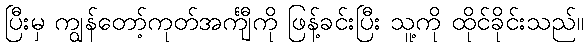
ပြီးမှ ကျွန်တော့်ကုတ်အင်္ကျီကို ဖြန့်ခင်းပြီး သူ့ကို ထိုင်ခိုင်းသည်။